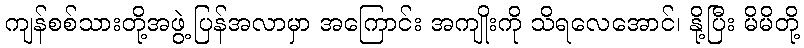
ကျန်စစ်သားတို့အဖွဲ့ ပြန်အလာမှာ အကြောင်း အကျိုးကို သိရလေအောင်၊ နို့ပြီး မိမိတို့